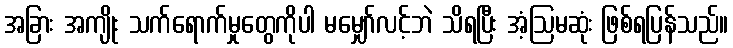
အခြား အကျိုး သက်ရောက်မှုတွေကိုပါ မမျှော်လင့်ဘဲ သိရပြီး အံ့ဩမဆုံး ဖြစ်ရပြန်သည်။